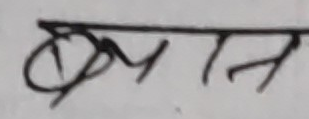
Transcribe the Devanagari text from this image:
बयान